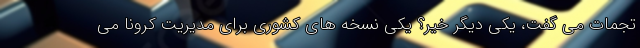
تجمات می گفت، یکی دیگر خیر؟ یکی نسخه های کشوری برای مدیریت کرونا می